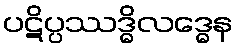
ပဋိပ္ပဿဒ္ဓိလဒ္ဓေန